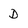
Character: D